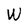
Character: W